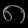
Digit: ၈